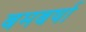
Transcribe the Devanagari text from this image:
बमबर्षा